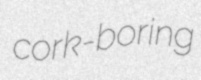
cork-boring